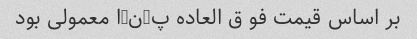
بر اساس قیمت فو ق العاده پ-ن-ا معمولی بود